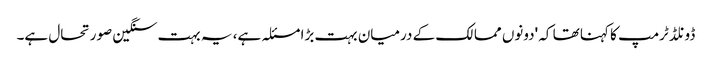
ڈونلڈ ٹرمپ کا کہنا تھا کہ 'دونوں ممالک کے درمیان بہت بڑا مسئلہ ہے، یہ بہت سنگین صورتحال ہے۔